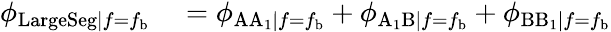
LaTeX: \begin{array}{rl}{\phi_{\mathrm{LargeSeg}|f=f_{\mathrm{b}}}}&{{}=\phi_{\mathrm{AA_{1}}|f=f_{\mathrm{b}}}+\phi_{\mathrm{A_{1}B}|f=f_{\mathrm{b}}}+\phi_{\mathrm{BB_{1}}|f=f_{\mathrm{b}}}}\end{array}